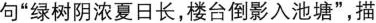
句”绿树阴浓夏日长，楼台倒影入池塘”，描